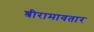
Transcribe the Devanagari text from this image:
श्रीरामावतार